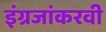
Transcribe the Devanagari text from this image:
इंग्रजांकरवी